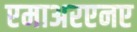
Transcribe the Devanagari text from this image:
एमाअरएनए